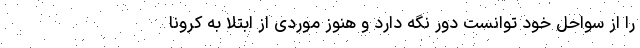
را از سواحل خود توانست دور نگه دارد و هنوز موردی از ابتلا به کرونا